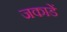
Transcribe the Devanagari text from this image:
जकाडें